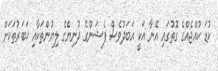
ކުޑަ ކުއްޖެއްގެ ގޮތުގައި އޭނާ އަކީ އަބަދުވެސް ފެޝަންގެ ދުނިޔޭގެ ލިޔުންތަކާއި ޚަބަރުތަކަށް